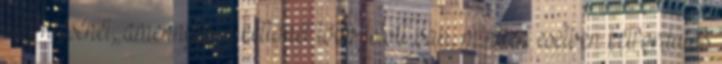
eldöntésénél, amennyiben kettőnél több jelölt van, minden esetben kétfordulós